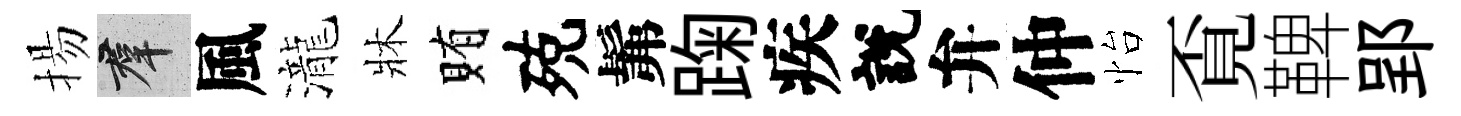
揚群風瀧牀賄殑髴踘疾說弁仲怡覔鞞郢